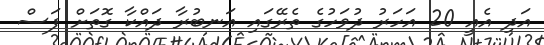
އަދި އެއީ 20 އަހަރު ދުވަހުގެ ތެރޭގައި އަނބުރާ ދައްކާ ގޮތަށް ފަސް